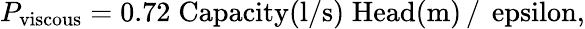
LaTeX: P_{\mathrm{{viscous}}}=0.72\; \mathrm{{Capacity(l/s)\; Head(m)}\, /\, \ epsilon,}